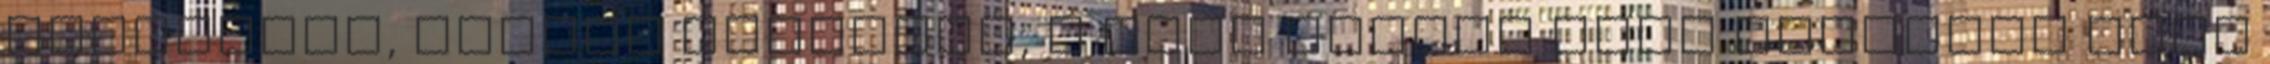
Sziasztok, Lányok Judittal, a Judy műhely blog írójával idén